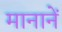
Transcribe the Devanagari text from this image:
मानानें